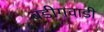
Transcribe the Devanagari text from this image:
बडीगवाडी